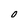
Character: 0